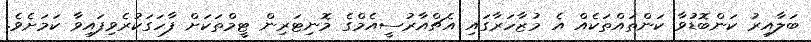
ބަލާއިރު ކަންބޮޑުވާ ކަންތައްތަކެއް އެ މުޒާހަރާގައި އެޗްއާރުސީއެމްގެ މޮނިޓަރިން ޓީމްތަކަށް ފާހަގަކުރެވިފައިވާ ކަމަށެވެ.